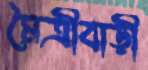
মৈত্রীবাড়ী